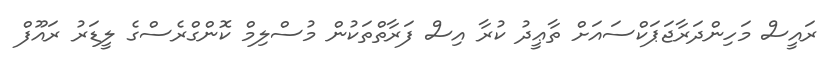
ރައީސް މަހިންދަރާޖަޕަކްސައަށް ތާޢީދު ކުރާ އިސް ފަރާތްތަކުން މުސްލިމް ކޮންގްރެސްގެ ލީޑަރު ރައޫފް